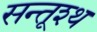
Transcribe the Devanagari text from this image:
सन्तूश्थ